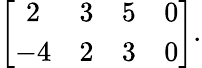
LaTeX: \left[{\begin{array}{cccc}{2}&{3}&{5}&{0}\\ {-4}&{2}&{3}&{0}\end{array}}\right].